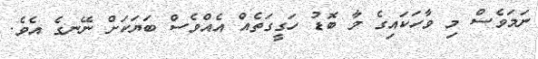
ނަމަވެސް މި ވާހަކައިގެ މާ ބޮޑު ހަގީގަތެއް އެއްވެސް ބަޔަކަށް ނޭނގެ އެވެ.